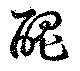
醜